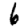
Digit: 6